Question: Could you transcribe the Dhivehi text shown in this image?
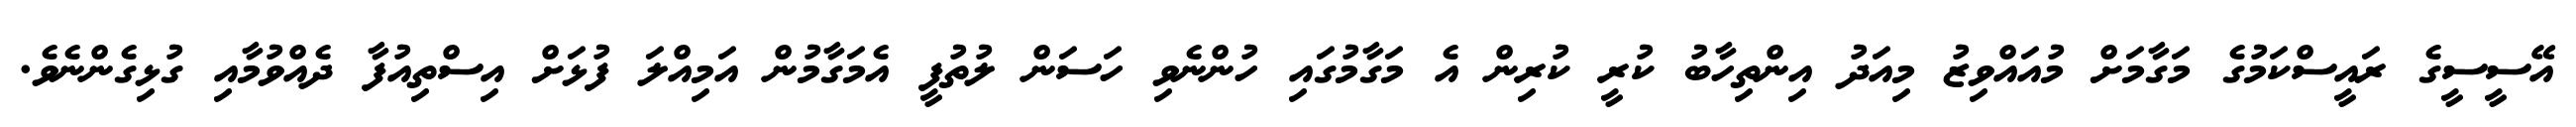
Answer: އޭސީސީގެ ރައީސްކަމުގެ މަގާމަށް މުއައްވިޒު މިއަދު އިންތިހާބު ކުރީ ކުރިން އެ މަގާމުގައި ހުންނެވި ހަސަން ލުތުފީ އެމަގާމުން އަމިއްލަ ފުޅަށް އިސްތިއުފާ ދެއްވުމާއި ގުޅިގެންނެވެ.